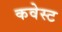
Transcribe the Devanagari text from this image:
कवेस्ट